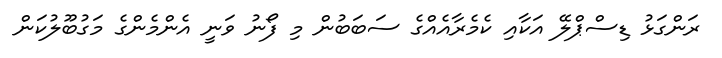
ރަންގަޅު ޑިސްޕްލޭ އަކާއި ކެމެރާއެއްގެ ސަބަބުން މި ފޯނު ވަނީ އެންމެންގެ މަގުބޫލުކަން